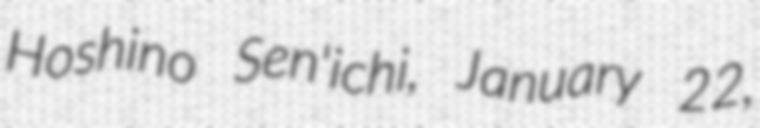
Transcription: Hoshino Sen'ichi, January 22,